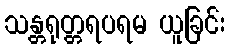
သန္တရုတ္တရပရမ ယူခြင်း